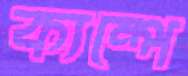
ক্যম্পে